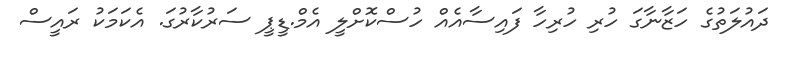
ދައުލަތުގެ ހަޒާނާގަ ހުރި ހުރިހާ ފައިސާއެއް ހުސްކޮށްލީ އެމް.ޑީޕީ ސަރުކާރުގަ. އެކަމަކު ރައީސް